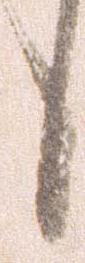
候